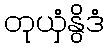
တုယှံနွိဒံ